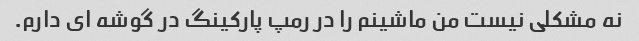
نه مشکلی نیست من ماشینم را در رمپ پارکینگ در گوشه ای دارم.